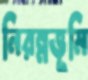
নিরন্নভূমি